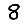
Digit: 8